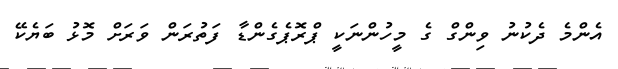
އެންމެ ދެކުނު ވިންގް ގެ މީހުންނަކީ ޕްރޮޕެގެންޑާ ފަތުރަން ވަރަށް މޮޅު ބަޔެކޭ